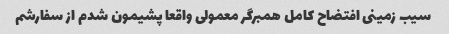
سیب زمینی افتضاح کامل همبرگر معمولی واقعا پشیمون شدم از سفارشم